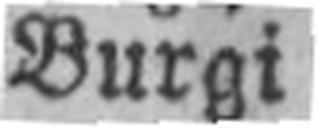
Burgi